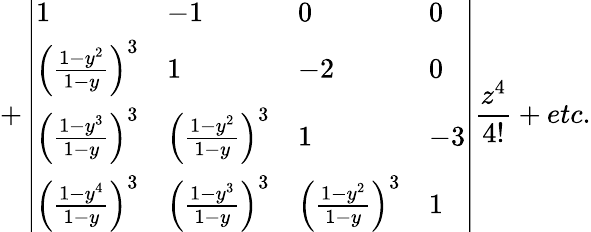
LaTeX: +\left|\begin{array}{llll}{1}&{-1}&{0}&{0}\\ {\left(\frac{1-y^{2}}{1-y}\right)^{3}}&{1}&{-2}&{0}\\ {\left(\frac{1-y^{3}}{1-y}\right)^{3}}&{\left(\frac{1-y^{2}}{1-y}\right)^{3}}&{1}&{-3}\\ {\left(\frac{1-y^{4}}{1-y}\right)^{3}}&{\left(\frac{1-y^{3}}{1-y}\right)^{3}}&{\left(\frac{1-y^{2}}{1-y}\right)^{3}}&{1}\end{array}\right|\frac{z^{4}}{4!}+etc.